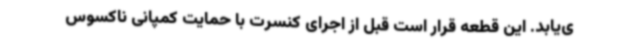
ی‌یابد. این قطعه قرار است قبل از اجرای کنسرت با حمایت کمپانی ناکسوس